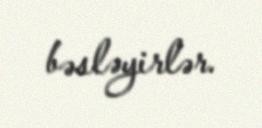
bəsləyirlər.